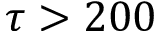
\tau > 2 0 0